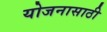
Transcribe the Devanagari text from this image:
योजनासाठी